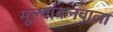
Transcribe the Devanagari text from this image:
मूल्यांकनवाला